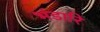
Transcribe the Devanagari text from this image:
भंडारि